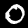
Label: 0